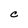
Character: C